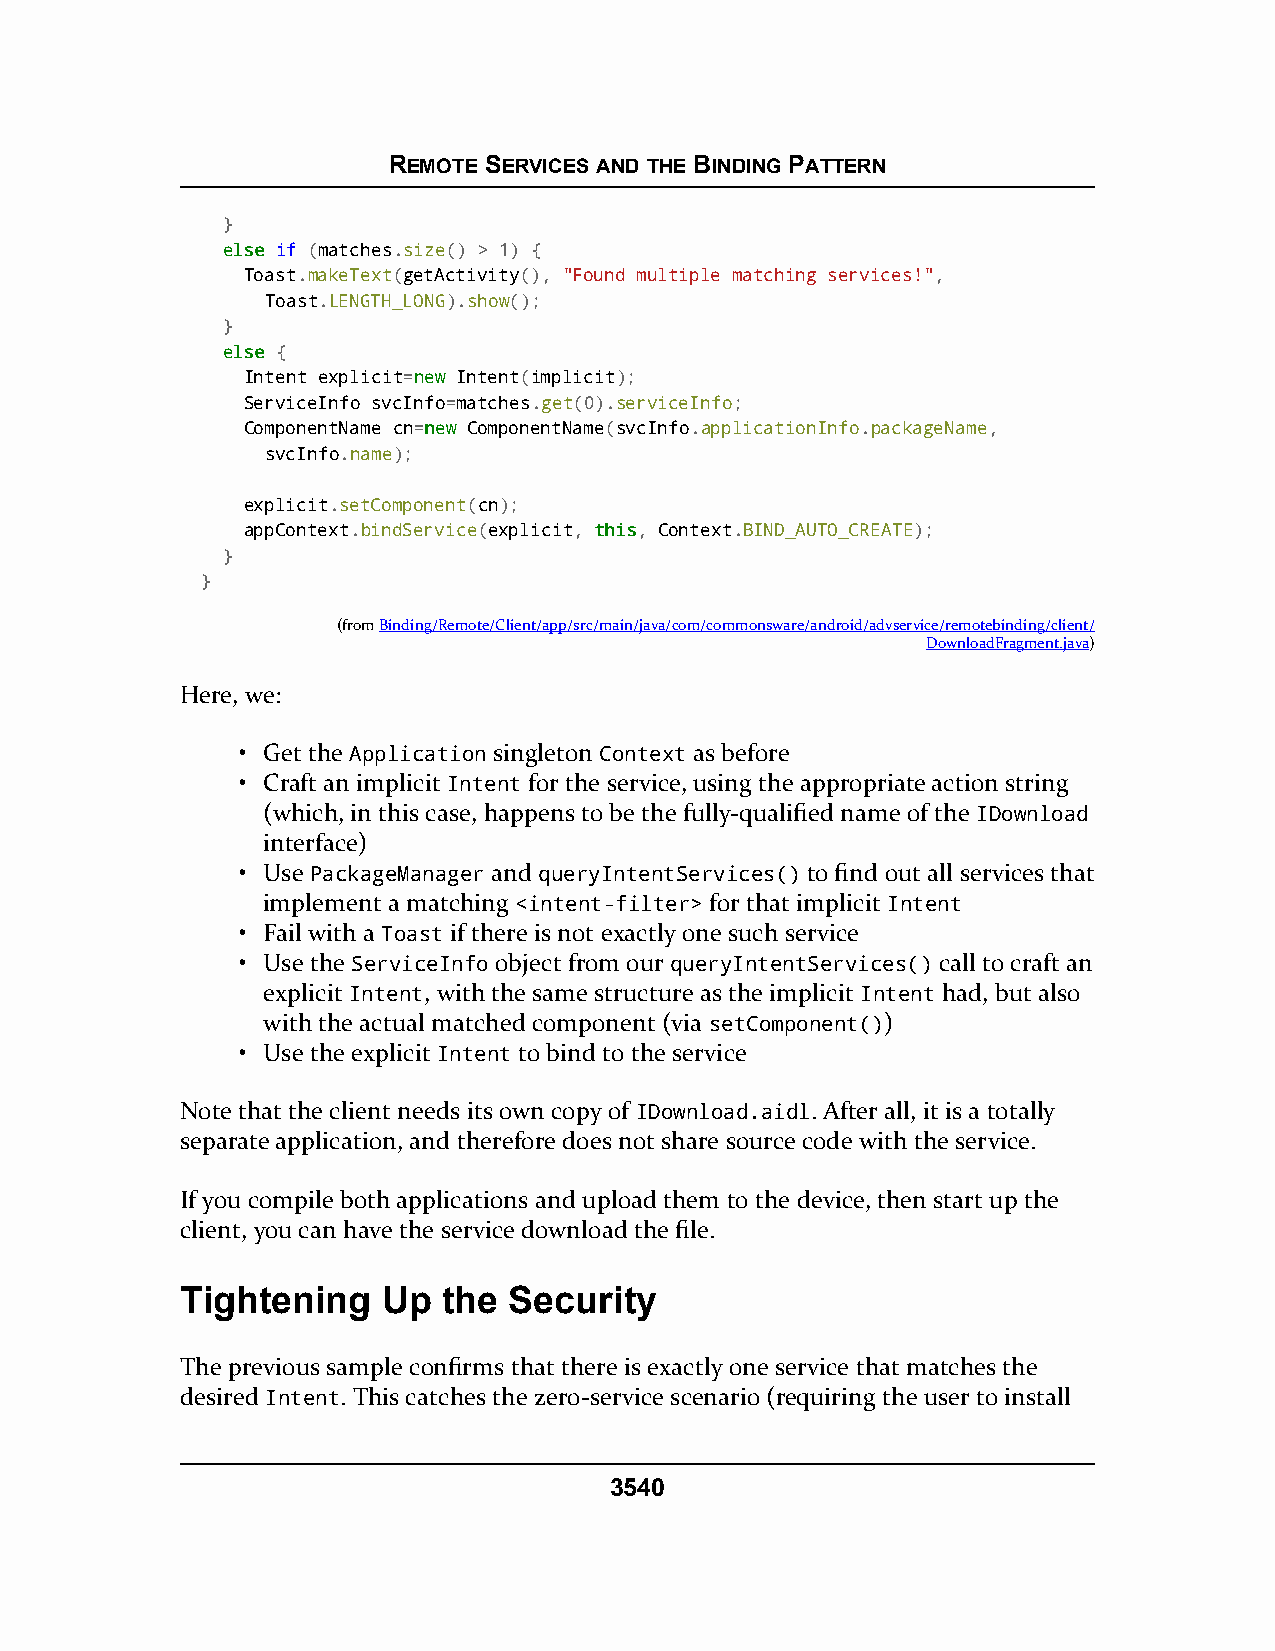
REMOTE SERVICES AND THE BINDING PATTERN
 }
 eellssee if (matches.size() > 1) {
 Toast.makeText(getActivity(), "Found multiple matching services!",
 Toast.LENGTH_LONG).show();
 }
 eellssee {
 Intent explicit=nneeww Intent(implicit);
 ServiceInfo svcInfo=matches.get(0).serviceInfo;
 ComponentName cn=nneeww ComponentName(svcInfo.applicationInfo.packageName,
 svcInfo.name);
 explicit.setComponent(cn);
 appContext.bindService(explicit, tthhiiss, Context.BIND_AUTO_CREATE);
 }
 }
 (fromBinding/Remote/Client/app/src/main/java/com/commonsware/android/advservice/remotebinding/client/
 DownloadFragment.java)
 Here, we:
 • Get the Application singleton Context as before
 • Craft an implicit Intent for the service, using the appropriate action string
 (which, in this case, happens to be the fully-qualified name of the IDownload
 interface)
 • Use PackageManager and queryIntentServices() to find out all services that
 implement a matching <intent-filter> for that implicit Intent
 • Fail with a Toast if there is not exactly one such service
 • Use the ServiceInfo object from our queryIntentServices() call to craft an
 explicit Intent, with the same structure as the implicit Intent had, but also
 with the actual matched component (via setComponent())
 • Use the explicit Intent to bind to the service
 Note that the client needs its own copy of IDownload.aidl. After all, it is a totally
 separate application, and therefore does not share source code with the service.
 If you compile both applications and upload them to the device, then start up the
 client, you can have the service download the file.
 Tightening   Up  the  Security
 The previous sample confirms that there is exactly one service that matches the
 desired Intent. This catches the zero-service scenario (requiring the user to install
 3540